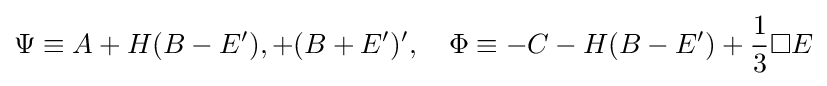
\Psi \equiv A+H(B-E'),+(B+E')',\quad \Phi \equiv -C-H(B-E')+{\frac {1}{3}}\Box E